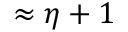
\approx \eta + 1